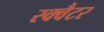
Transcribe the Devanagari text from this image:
स्क्वैटर